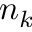
n _ { k }